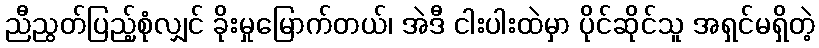
ညီညွတ်ပြည့်စုံလျှင် ခိုးမှုမြောက်တယ်၊ အဲဒီ ငါးပါးထဲမှာ ပိုင်ဆိုင်သူ အရှင်မရှိတဲ့